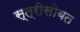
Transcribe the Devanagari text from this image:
स्त्रीसोबत